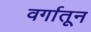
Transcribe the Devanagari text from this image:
वर्गातून